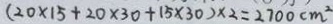
( 2 0 \times 1 5 + 2 0 \times 3 0 + 1 5 \times 3 0 ) \times 2 = 2 7 0 0 c m ^ { 2 }